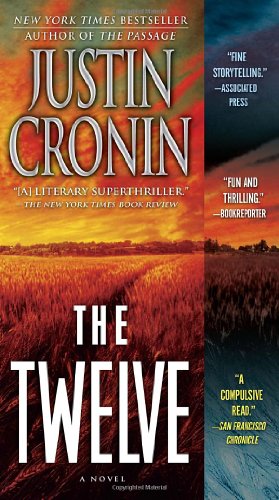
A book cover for The Twelve (Passage); Justin Cronin; Mystery, Thriller & Suspense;